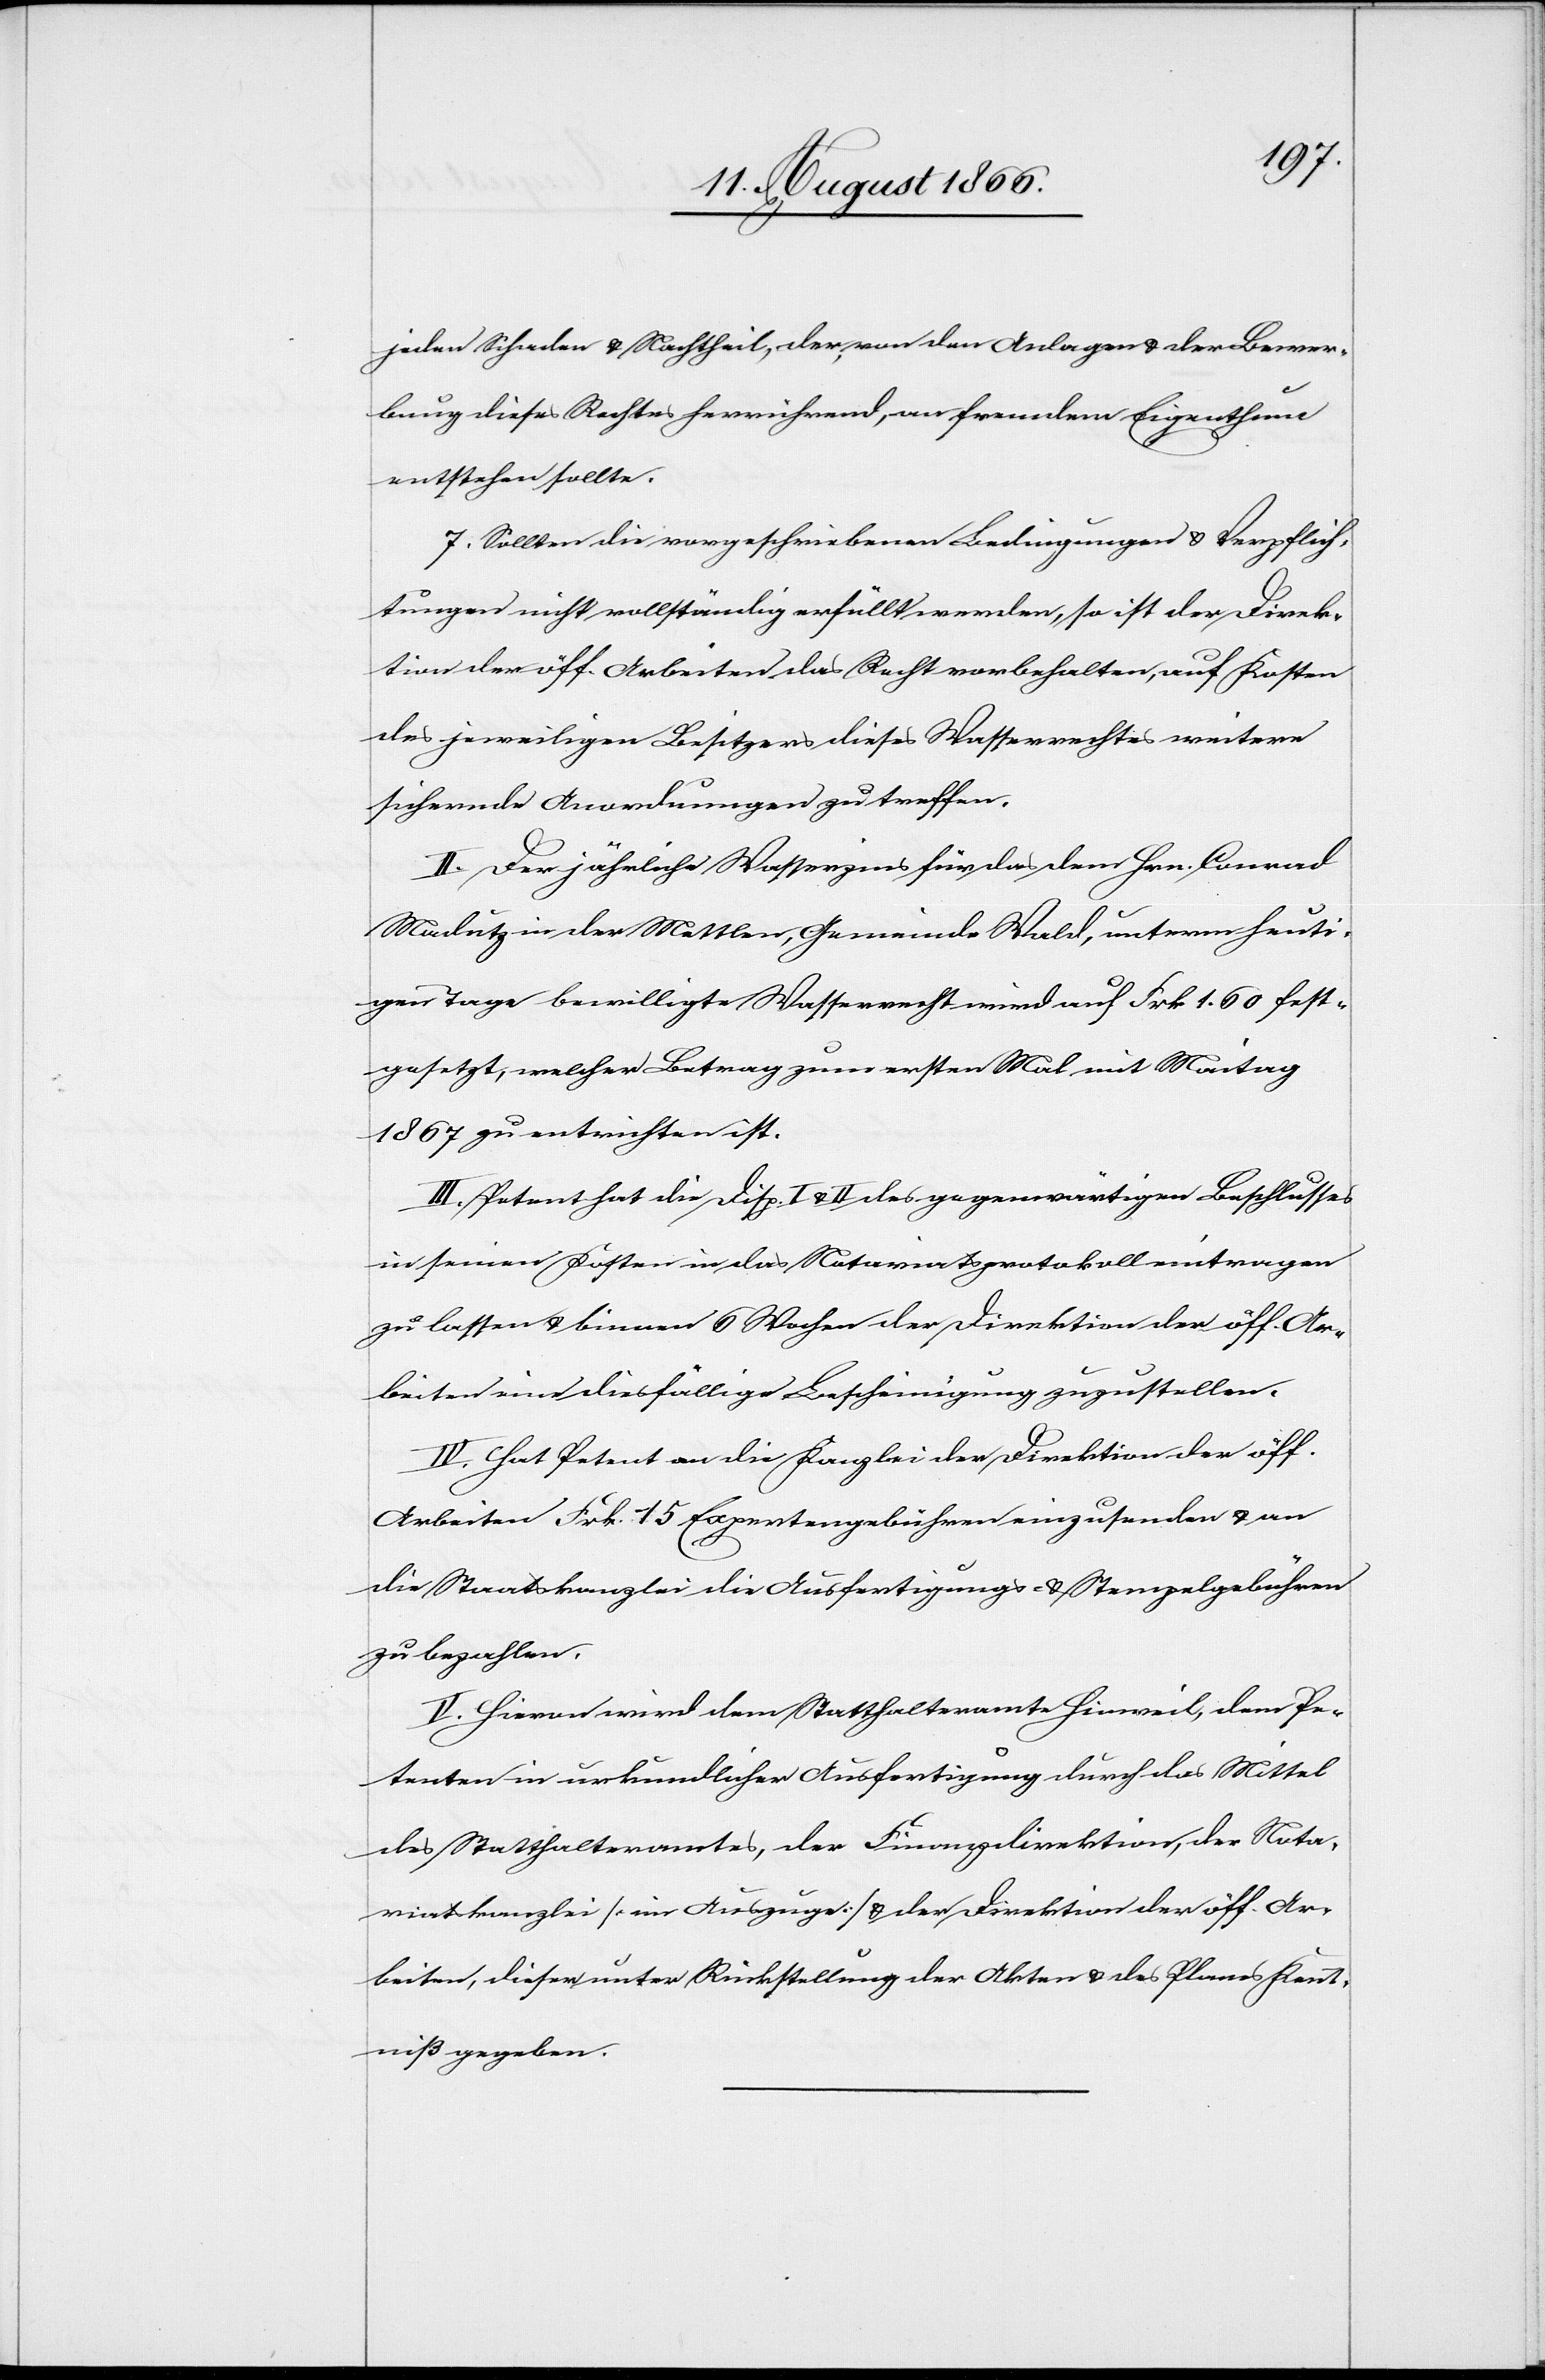
jeden Schaden u. Nachtheil, der, von den Anlagen u. der Bewer¬
bung dieses Rechts herrührend, an fremdem Eigenthum
entstehen sollte.
7. Sollten die vorgeschriebenen Bedingungen u. Verpflich¬
tungen nicht vollständig erfüllt werden, so ist der Direk¬
tion der öff. Arbeiten das Recht vorbehalten, auf Kosten
des jeweiligen Besitzers dieses Wasserrechtes weitere
sichernde Anordnungen zu treffen.
II. Der jährliche Wasserzins für das dem Hrn. Conrad
Madutz in der Mettlen, Gemeinde Wald, unterm heuti¬
gen Tage bewilligte Wasserrecht wird auf Frk. 1.60 fest¬
gesetzt, welcher Betrag zum ersten Mal mit Maitag
1867 zu entrichten ist.
III. Petent hat die Disp. I u. II. des gegenwärtigen Beschlusses
in seinen Kosten in das Notariatsprotokoll eintragen
zu lassen u. binnen 6 Wochen der Direktion der öff. Ar¬
beiten eine diesfällige Bescheinigung zuzustellen.
IV. Hat Petent an die Kanzlei der Direktion der öff.
Arbeiten Frk. 15 Expertengebühren einzusenden u. an
die Staatskanzlei die Ausfertigungs- u. Stempelgebühren
zu bezahlen.
V. Hievon wird dem Statthalteramte Hinweil, dem Pe¬
tenten in urkundlicher Ausfertigung durch das Mittel
des Statthalteramtes, der Finanzdirektion, der Nota¬
riatskanzlei [im Auszuge] u. der Direktion der öff. Ar¬
beiten, dieser unter Rückstellung der Akten u. des Planes Kennt¬
niß gegeben.